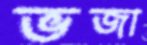
ভজা